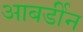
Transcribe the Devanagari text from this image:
आबर्डीन